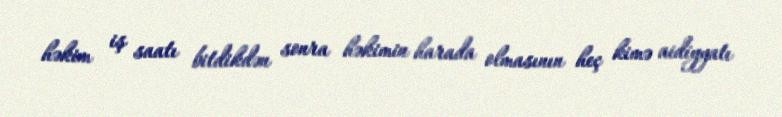
həkim iş saatı bitdikdən sonra həkimin harada olmasının heç kimə aidiyyatı